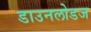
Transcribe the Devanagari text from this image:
डाउनलोडज